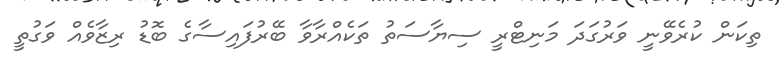
ތިކަން ކުރެވޭނީ ވަރުގަދަ މަނިޓްރީ ސިޔާސަތު ތަކެއްރާވާ ބޭރުފައިސާގެ ބޮޑު ރިޒާވެއް ވަގުތީ